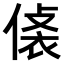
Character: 𧙾